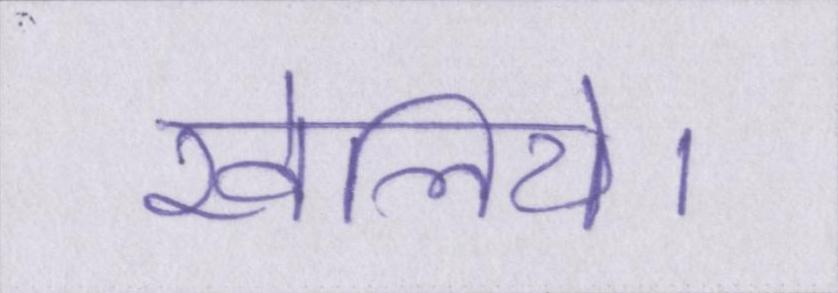
खेलिये।